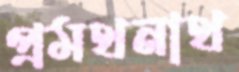
প্রমথনাথ